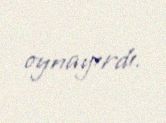
oynayırdı.